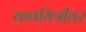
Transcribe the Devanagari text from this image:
कवयित्रीवर